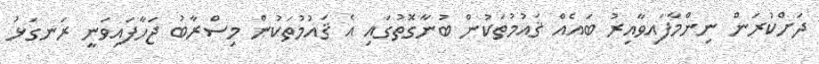
ދަށްކުރަން ނިންމާފައިވާއިރު ބައެއް ޤައުމުތަކުން ބުނާގޮތުގައި އެ ޤައުމުތަކުން މިސްރާބު ޖަހާފައިވަނީ ރަނގަޅު